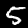
Label: 5